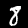
Label: 8